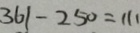
3 6 1 - 2 5 0 = 1 1 1